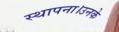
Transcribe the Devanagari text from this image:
स्थापना।उनके